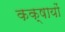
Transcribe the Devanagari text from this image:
कक्षायों